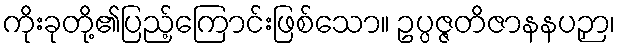
ကိုးခုတို့၏ပြည့်ကြောင်းဖြစ်သော။ ဥပ္ပဇ္ဇတိဇာနနပဉှာ၊